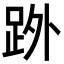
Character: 𮛒